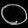
Digit: ၀